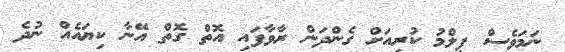
ނަމަވެސް ފިލްމު ކުރިއަށް ގެންދަން ރާވާފައި އޮތް ގޮތް އޭނާ ކިޔައެއް ނުދެ